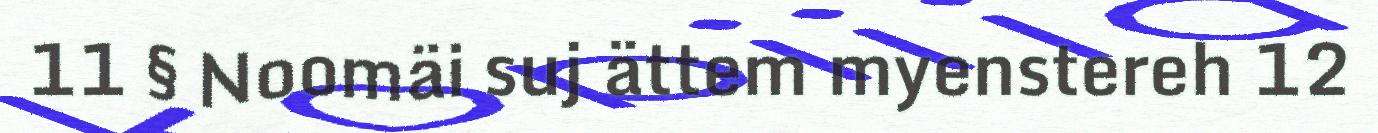
11 § Noomäi suj ättem myenstereh 12